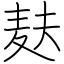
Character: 麸